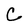
Character: C